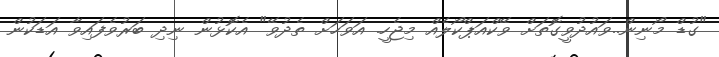
"ގުޑް މޯނިން..ވައުދުވީގޮތަށް ވޭކްއަޕްކޯލެއް މިޖެހީ. އަވަހަށް ތެދުވޭ" އެކޮޅުން ނިދި ބަރުވެފައިވާ އަޑަކުން